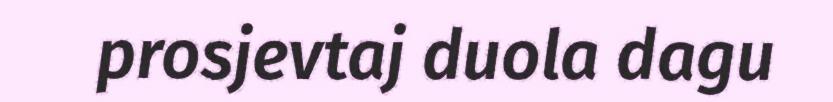
prosjevtaj duola dagu